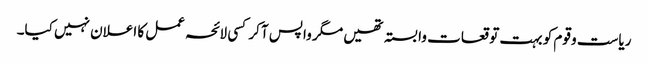
ریاست و قوم کو بہت توقعات وابستہ تھیں مگر واپس آ کر کسی لائحہ عمل کا اعلان نہیں کیا۔